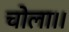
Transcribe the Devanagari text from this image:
चोला।।